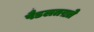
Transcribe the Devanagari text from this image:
पैडलतख़्ते